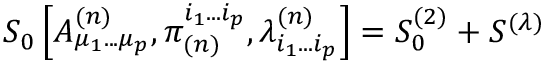
S _ { 0 } \left[ A _ { \mu _ { 1 } . . . \mu _ { p } } ^ { ( n ) } , \pi _ { ( n ) } ^ { i _ { 1 } . . . i _ { p } } , \lambda _ { i _ { 1 } . . . i _ { p } } ^ { ( n ) } \right] = S _ { 0 } ^ { ( 2 ) } + S ^ { ( \lambda ) }